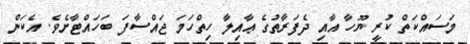
މަސައްކަތް ކުރީ ޔޫހާ އާއި ދެފަރާތުގެ ޢާއިލާ ހިތްހަމަ ޖައްސާފަ ބަހައްޓާށެވެ. އެކަން